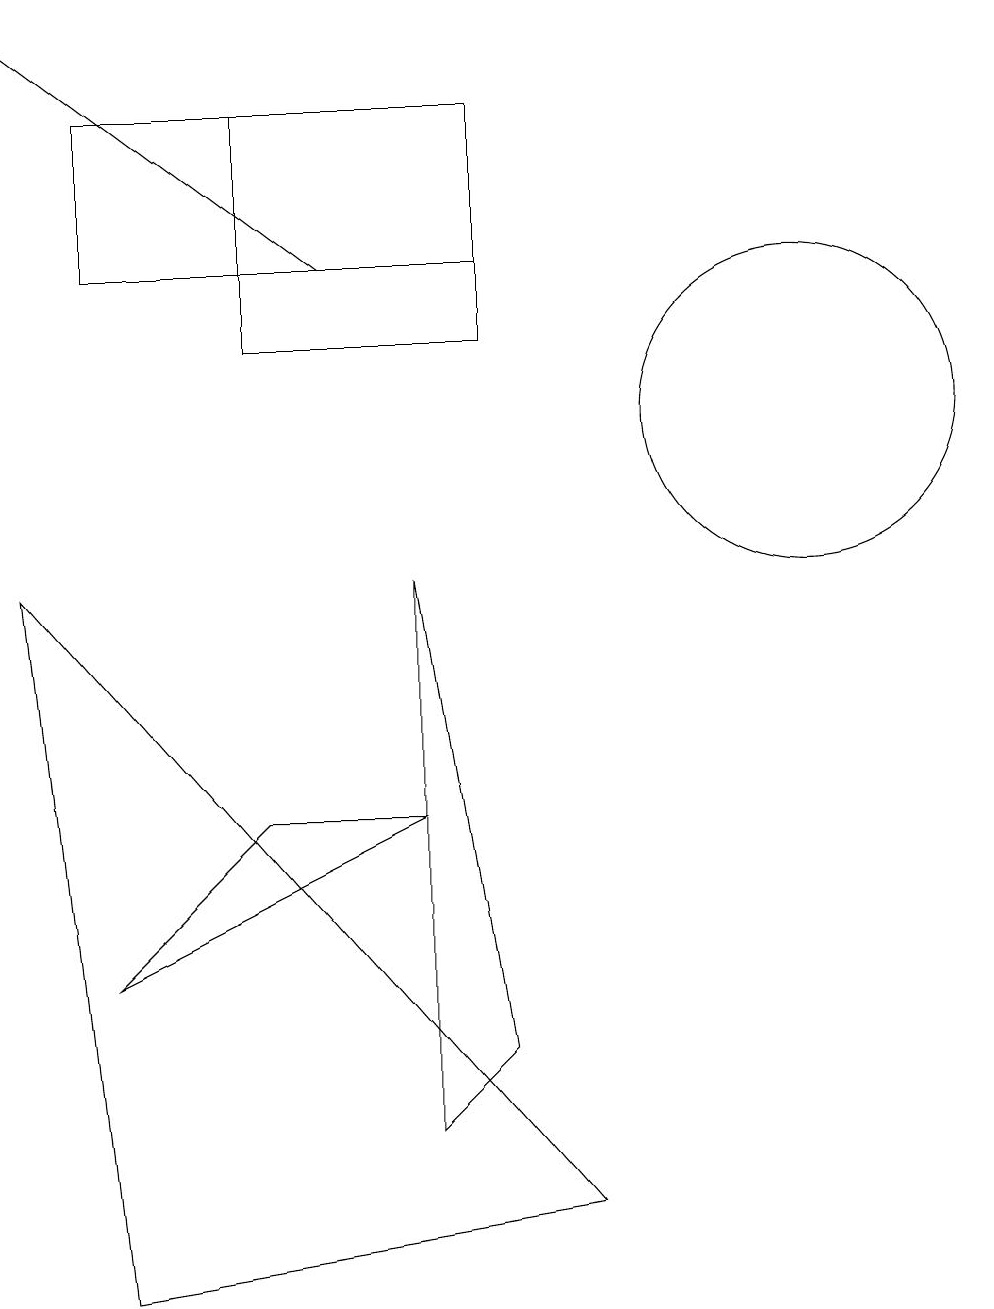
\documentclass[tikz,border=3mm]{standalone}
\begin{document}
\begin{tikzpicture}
\draw (4,12) rectangle (7,15);
\draw (6,6) -- (4,6) -- (2,4) -- cycle;
\draw[->] (5,13) -- (1,16);
\draw (7,13) rectangle (2,15);
\draw (6,9) -- (6,2) -- (7,3) -- cycle;
\draw (2,0) -- (8,1) -- (1,9) -- cycle;
\draw (11,11) circle (2);
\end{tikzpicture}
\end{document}